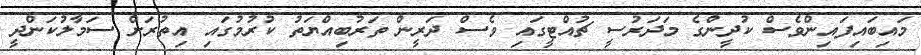
މައިބައިފައިންވެސް ކުދީންގެ މަދަރުސީ ޗުއްޓީގައި ވެސް ދަރީން ތަރުބިއްޔަތު ކުރުމުގައި އިތުރަށް ސަމާލުކަންދީ